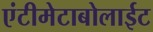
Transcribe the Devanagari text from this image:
एंटीमेटाबोलाईट